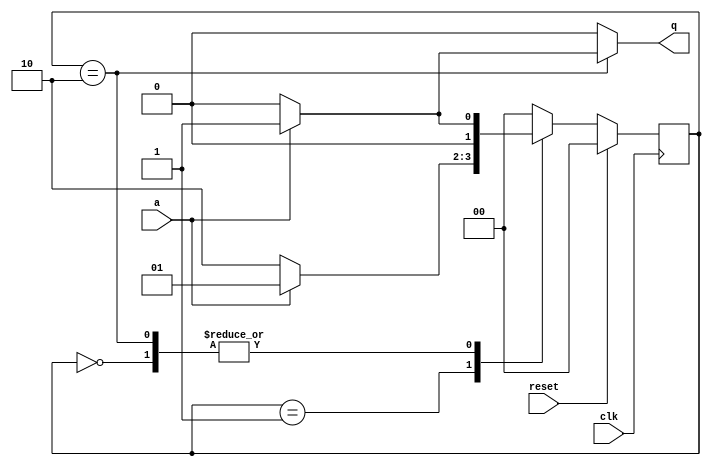
`timescale 1ns / 1ps
//////////////////////////////////////////////////////////////////////////////////
// Company: 
// Engineer: 
// 
// Design Name: 
// Module Name: sequence
// Project Name: 
// Target Devices: 
// Tool Versions: 
// Description: 
// 
// Dependencies: 
// 
// Revision:
// Revision 0.01 - File Created
// Additional Comments:
// 
//////////////////////////////////////////////////////////////////////////////////


module seqdetector( 
input a,clk,reset,
output reg q );
parameter [1:0] S0=2'b00, S1=2'b01, S2=2'b10;
reg [1:0] PS,NS;
always @ (PS,a)
case (PS)
S0 : if(a) NS=S1;
else NS=S0;
S1: if(a) NS=S1;
else NS=S2;
S2: if(a) NS=S1;
else NS=S0;
default: NS=S0;
endcase
always @ (posedge clk)
if(reset) PS<= S0;
else PS<= NS;
always @ (PS,a)
case (PS)
S0 : q=1'b0;
S1 : q=1'b0;
S2: if(a) q=1'b1;
else q=1'b0;
default: q=1'b0;
endcase
endmodule